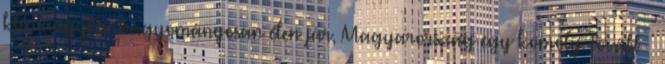
klímaügyben hagyományosan élen jár, Magyarország egy komoly. Tovább ›